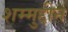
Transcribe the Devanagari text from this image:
शम्मुद्दीन